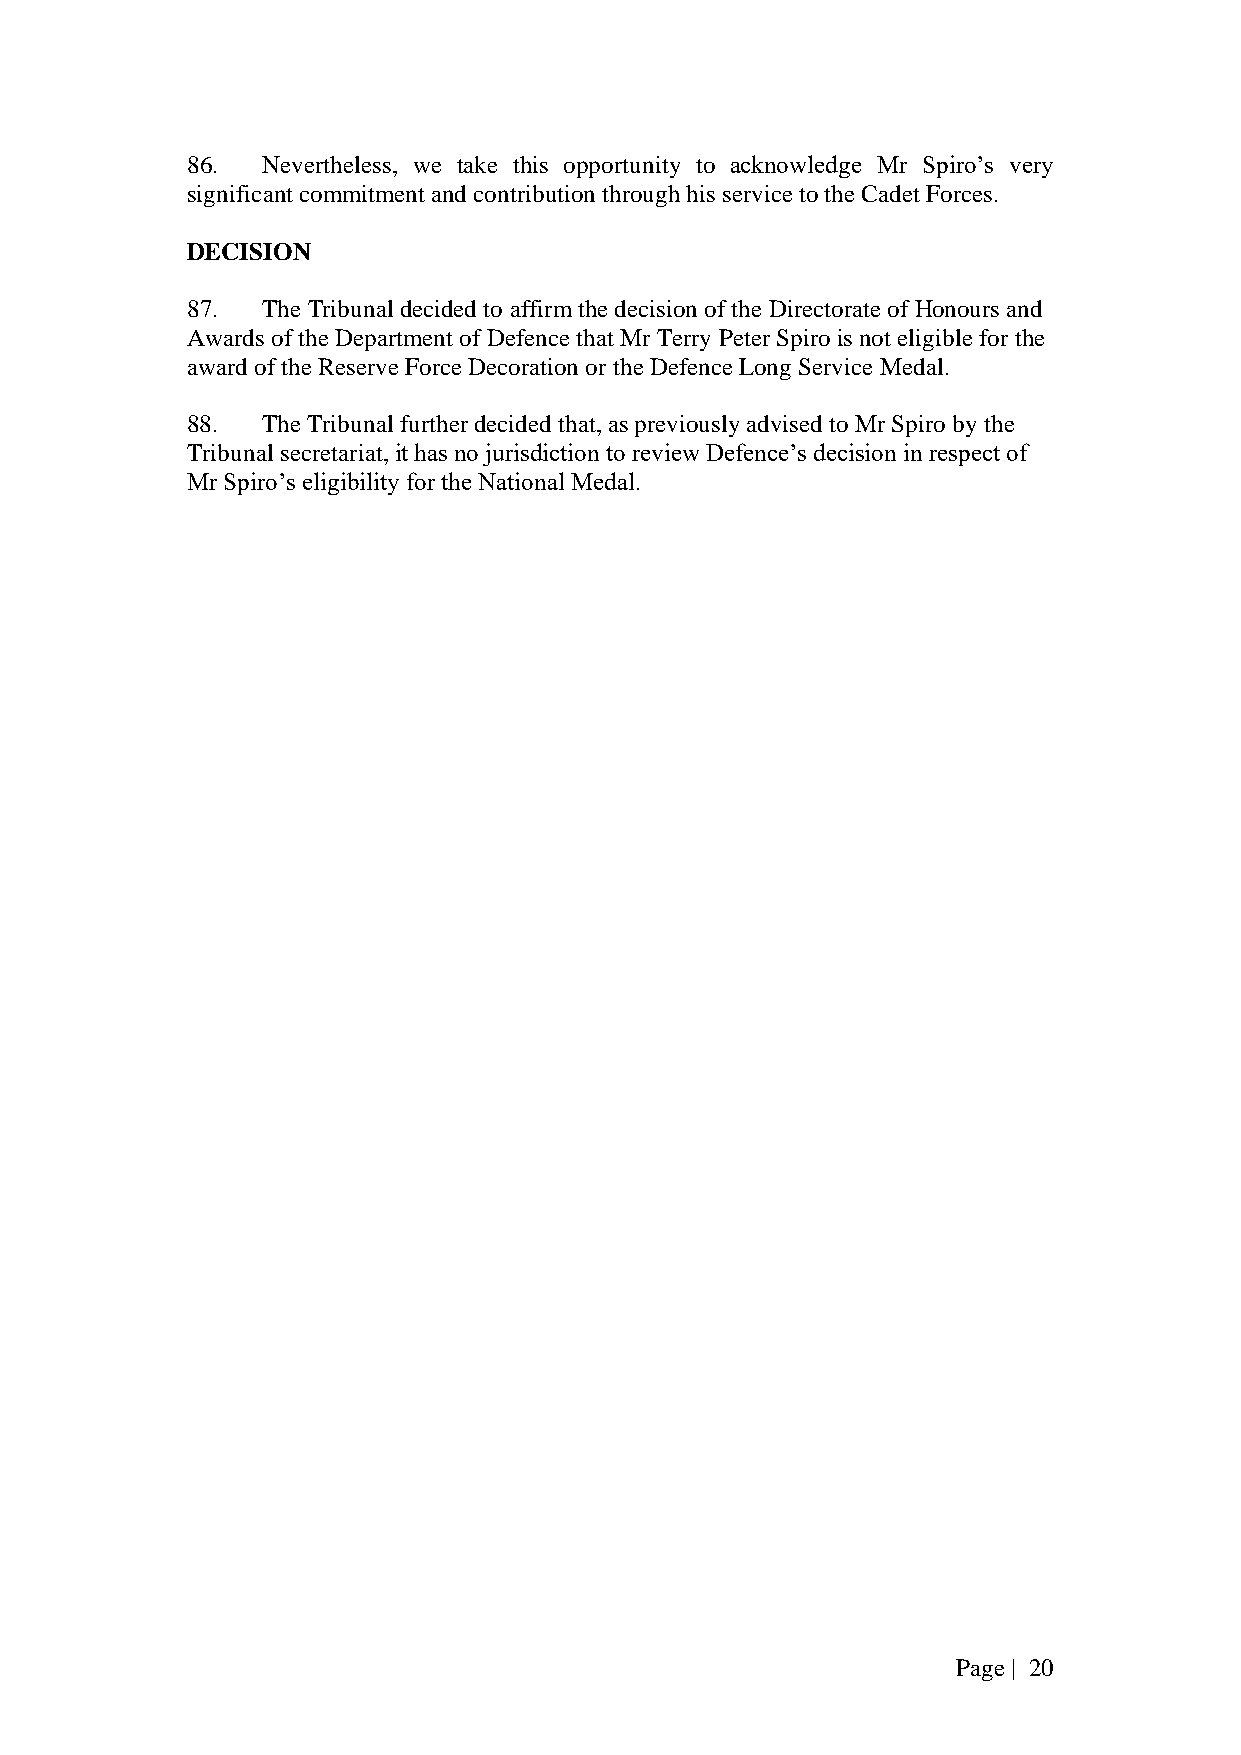
86.  Nevertheless, we take this opportunity to acknowledge Mr Spiro’s very
 significant commitment and contribution through his service to the Cadet Forces.
 DECISION
 87.  The Tribunal decided to affirm the decision of the Directorate of Honours and
 Awards of the Department of Defence that Mr Terry Peter Spiro is not eligible for the
 award of the Reserve Force Decoration or the Defence Long Service Medal.
 88.  The Tribunal further decided that, as previously advised to Mr Spiro by the
 Tribunal secretariat, it has no jurisdiction to review Defence’s decision in respect of
 Mr Spiro’s eligibility for the National Medal.
 Page | 20